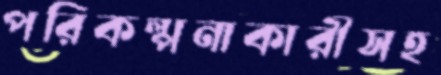
পরিকল্পনাকারীসহ